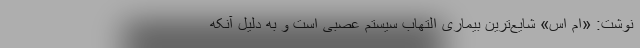
نوشت: «ام اس» شایع‌ترین بیماری التهاب سیستم عصبی است و به دلیل آنکه